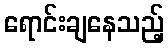
ရောင်းချနေသည့်